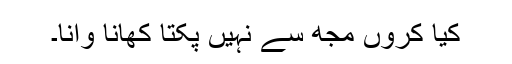
کیا کروں مجھ سے نہیں پکتا کھانا وانا۔